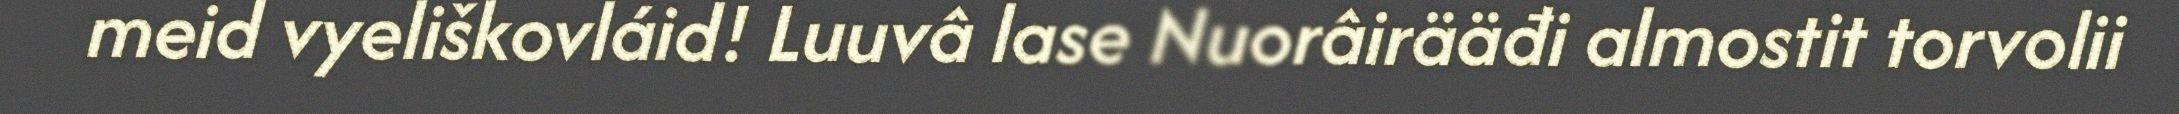
meid vyeliškovláid! Luuvâ lase Nuorâirääđi almostit torvolii